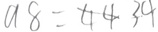
a 8 = 4 4 3 4